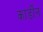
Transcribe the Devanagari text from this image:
कार्डीन